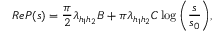
R e P ( s ) = \frac { \pi } { 2 } \lambda _ { h _ { 1 } h _ { 2 } } B + \pi \lambda _ { h _ { 1 } h _ { 2 } } C \log { \left( { \frac { s } { s _ { 0 } } } \right) } ,